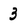
Character: 3